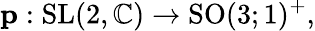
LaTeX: \mathbf{p}:{\mathrm{SL}}(2,\mathbb{C})\to{\mathrm{SO}}(3;1)^{+},